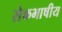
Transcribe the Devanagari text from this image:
सेेकभाषीय